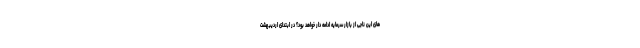
های این ناجی از بازار سرمایه ادامه دار خواهد بود؟ در ابتدای اردیبهشت